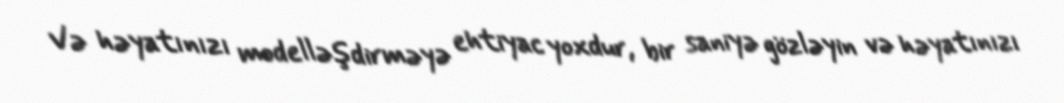
Və həyatınızı modelləşdirməyə ehtiyac yoxdur, bir saniyə gözləyin və həyatınızı